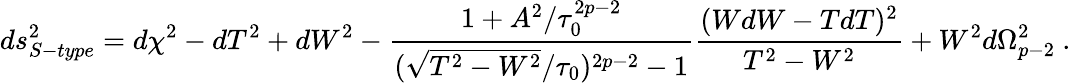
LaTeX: ds_{S-type}^{2}=d\chi^{2}-dT^{2}+dW^{2}-\frac{1+A^{2}/\tau_{0}^{2p-2}}{(\sqrt{T^{2}-W^{2}}/\tau_{0})^{2p-2}-1}\frac{(WdW-TdT)^{2}}{T^{2}-W^{2}}+W^{2}d\Omega_{p-2}^{2}\ .